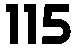
115